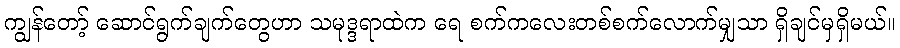
ကျွန်တော့် ဆောင်ရွက်ချက်တွေဟာ သမုဒ္ဒရာထဲက ရေ စက်ကလေးတစ်စက်လောက်မျှသာ ရှိချင်မှရှိမယ်။